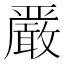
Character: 𫿞